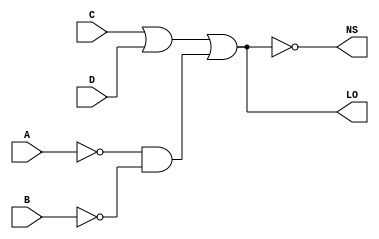
module Semaforo(A, B, C, D, NS, LO);
input A, B, C, D;
output NS, LO;
assign LO = C || D || (!A && !B);
assign NS = !LO;
endmodule